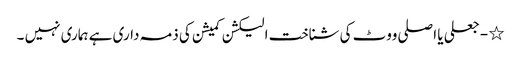
٭ - جعلی یا اصلی ووٹ کی شناخت الیکشن کمیشن کی ذمہ داری ہے ہماری نہیں ۔